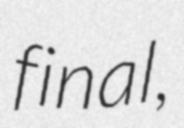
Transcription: final,